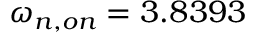
\omega _ { n , o n } = 3 . 8 3 9 3